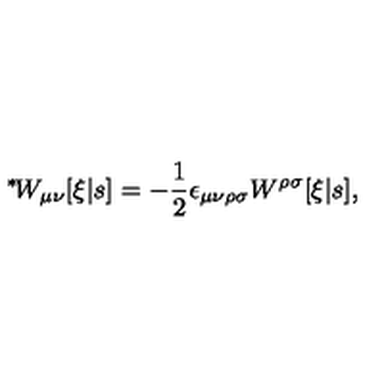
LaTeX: \mathrm { \mathrm { } ^ * \! } W _ { \mu \nu } [ \xi | s ] = - \mathrm { \small \frac { 1 } { 2 } } \epsilon _ { \mu \nu \rho \sigma } W ^ { \rho \sigma } [ \xi | s ] ,